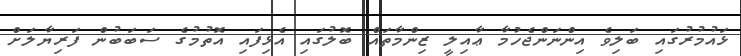
ޅައުމުރުގައި ބަލިވެ އިންނަންޖެހުމާ ޢާއިލީ ޒިންމާތައް ބޮލުގައި އެޅިފައި އޮތުމުގެ ސަބަބުން ފަރިޔާލަށް